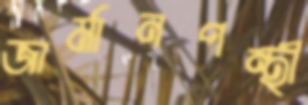
জার্মানপন্থী